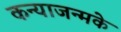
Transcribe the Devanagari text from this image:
कन्याजन्मके